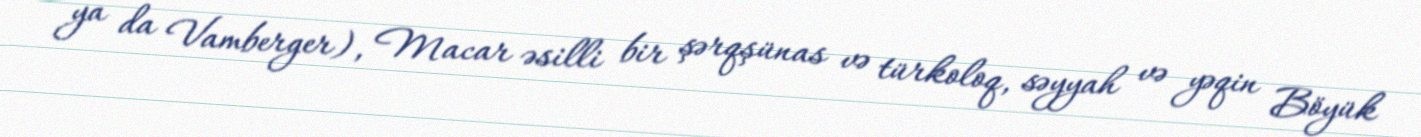
ya da Vamberger), Macar əsilli bir şərqşünas və türkoloq, səyyah və yəqin Böyük